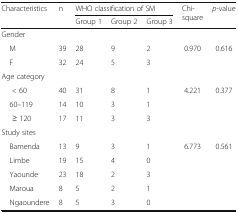
| <ROWSPAN=2> Characteristics | <ROWSPAN=2> n | <COLSPAN=3> WHO classification of SM | <ROWSPAN=2> Chi-square | <ROWSPAN=2> p-value |
 | Group 1 | Group 2 | Group 3 |
 | --- | --- | --- | --- | --- | --- | --- |
 | <COLSPAN=7> Gender |
 | M | 39 | 28 | 9 | 2 | <ROWSPAN=2> 0.970 | <ROWSPAN=2> 0.616 |
 | F | 32 | 24 | 5 | 3 |
 | <COLSPAN=7> Age category |
 | < 60 | 40 | 31 | 8 | 1 | <ROWSPAN=3> 4.221 | <ROWSPAN=3> 0.377 |
 | 60–119 | 14 | 10 | 3 | 1 |
 | ≥ 120 | 17 | 11 | 3 | 3 |
 | <COLSPAN=7> Study sites |
 | Bamenda | 13 | 9 | 3 | 1 | <ROWSPAN=5> 6.773 | <ROWSPAN=5> 0.561 |
 | Limbe | 19 | 15 | 4 | 0 |
 | Yaounde | 23 | 18 | 2 | 3 |
 | Maroua | 8 | 5 | 2 | 1 |
 | Ngaoundere | 8 | 5 | 3 | 0 |